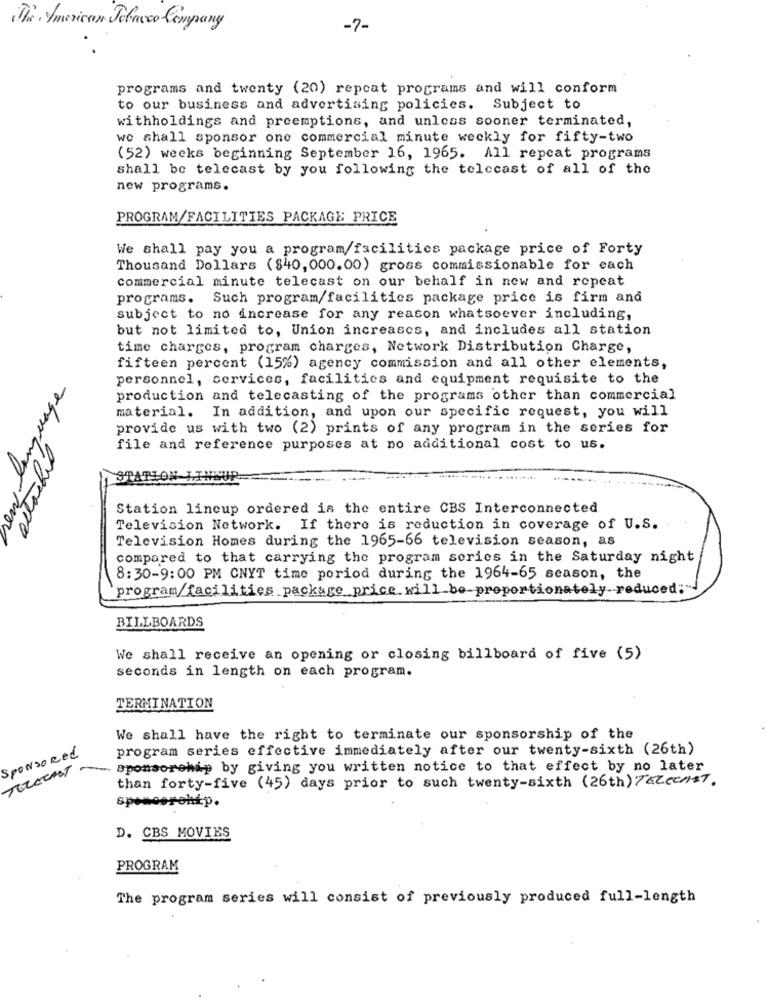
The American Jebasco Company
-7-
programs and twenty (20) repeat programs and will conform
to our business and advertising policies. Subject to
withholdings and preemptions, and unless sooner terminated,
we shall sponsor one commercial minute weekly for fifty-two
(52) weeks beginning September 16, 1965. All repeat programs
shall be telecast by you following the telecast of all of the
new programs.
PROGRAM/FACILITIES PACKAGE PRICE
We shall pay you a program/facilities package price of Forty
Thousand Dollars ($40, 000.00) gross commissionable for each
commercial minute telecast on our behalf in new and repeat
programs. Such program/facilities package price is firm and
subject to no increase for any reason whatsoever including,
but not limited to, Union increases, and includes all station
time charges, program charges, Network Distribution Charge,
fifteen percent (15%) agency commission and all other elements,
personnel, services, facilities and equipment requisite to the
e
production and telecasting of the programs other than commercial
material. In addition, and upon our specific request, you will
provide us with two (2) prints of any program in the series for
file and reference purposes at no additional cost to us.
SPATIO
Station lincup ordered is the entire CBS Interconnected
Television Network. If there is reduction in coverage of U.S.
Television Homes during the 1965-66 television season, as
compared to that carrying the program series in the Saturday night
8:30-9:00 PM CNYT time period during the 1964-65 season, the
program/facilities package price will be-proportionately-reduced:"
BILLBOARDS
We shall receive an opening or closing billboard of five (5)
seconds in length on each program.
TERMINATION
We shall have the right to terminate our sponsorship of the
Sponsored
program series effective immediately after our twenty-sixth (26th)
TELECAST -
sponsorehip by giving you written notice to that effect by no later
than forty-five (45) days prior to such twenty-sixth (26th) TEZeenst.
spencerohip.
D. CBS MOVIES
PROGRAM
The program series will consist of previously produced full-length